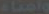
وأمناء